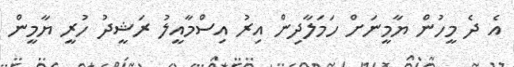
އެ ދެ މީހުން ޔާމީނަށް ހަމަލާދިން އިރު އިސްމާއީލު ރަޝީދު ހުރީ ޔާމީން